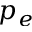
p _ { e }